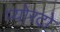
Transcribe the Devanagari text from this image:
प्योरटो